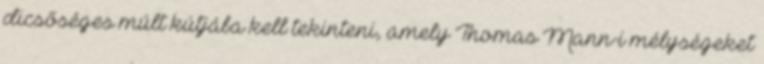
dicsőséges múlt kútjába kell tekinteni, amely Thomas Mann-i mélységeket